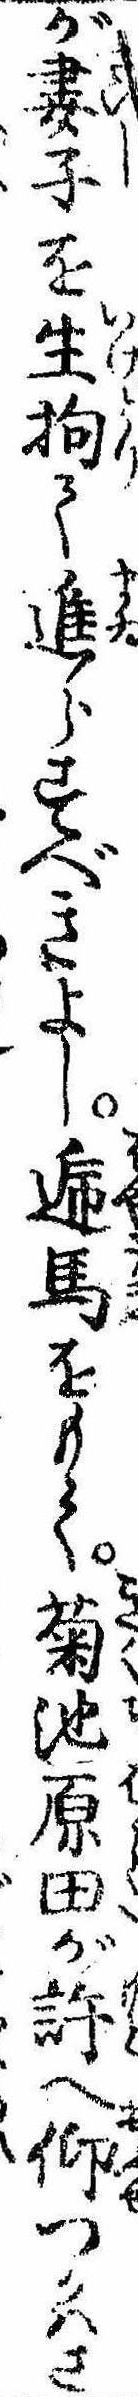
が妻子を生拘て進らすべきよし逓馬をもて菊池原田が許へ仰つかはさ